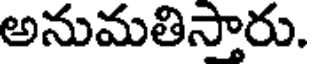
అనుమతిస్తారు.